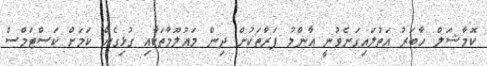
ކޮމާޝަލް ހާބަރު އަތުލައިގަނެވުނީ އާންމު ފަރާތަކުން ދިން މައުލޫމާތަކާއި ގުޅިގެން ކަމަށް ކަސްޓަމްސް